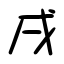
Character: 戌